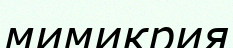
мимикрия